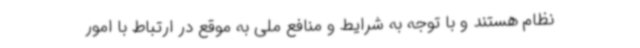
نظام هستند و با توجه به شرایط و منافع ملی به موقع در ارتباط با امور